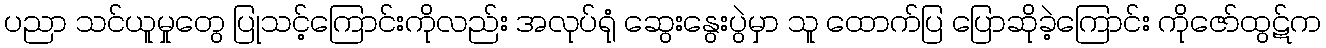
ပညာ သင်ယူမှုတွေ ပြုသင့်ကြောင်းကိုလည်း အလုပ်ရုံ ဆွေးနွေးပွဲမှာ သူ ထောက်ပြ ပြောဆိုခဲ့ကြောင်း ကိုဇော်ထွဋ်က